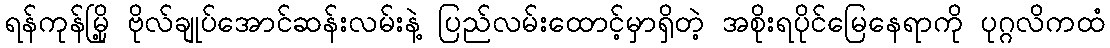
ရန်ကုန်မြို့ ဗိုလ်ချုပ်အောင်ဆန်းလမ်းနဲ့ ပြည်လမ်းထောင့်မှာရှိတဲ့ အစိုးရပိုင်မြေနေရာကို ပုဂ္ဂလိကထံ